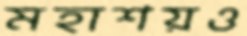
মহাশয়ও